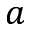
a